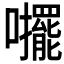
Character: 𱕪